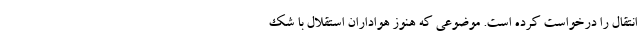
انتقال را درخواست کرده است. موضوعی که هنوز هواداران استقلال با شک